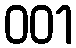
001